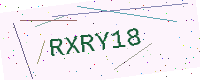
Text: RXRY18